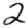
Digit: 2